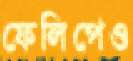
ফেলিপেও